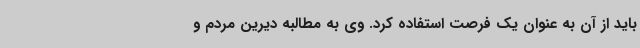
باید از آن به عنوان یک فرصت استفاده کرد. وی به مطالبه دیرین مردم و